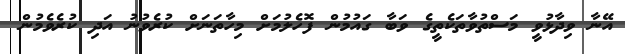
އޭނާ ވިދާޅުވީ މަސްތުވާތަކެތީގެ ވަބާ ގައުމުން ފޮހެލުމަށް މިހާތަނަށް ކުރެވުނު އަދި ކުރެވެމުން